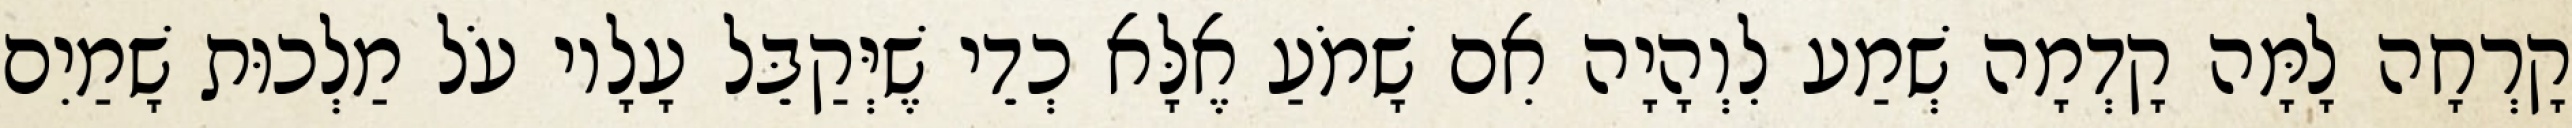
קָרְחָה לָמָּה קָדְמָה שְׁמַע לִוְהָיָה אִם שָׁמֹעַ אֶלָּא כְדֵי שֶׁיְּקַבֵּל עָלָיו עֹל מַלְכוּת שָׁמַיִם